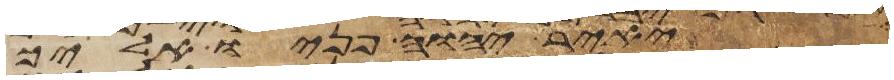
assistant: יאיר יהוה פניו אליך